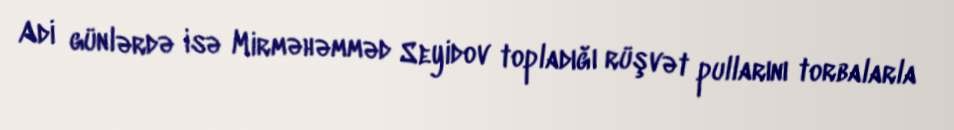
Adi günlərdə isə Mirməhəmməd Seyidov topladığı rüşvət pullarını torbalarla